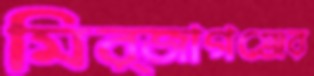
মির্জাগঞ্জের